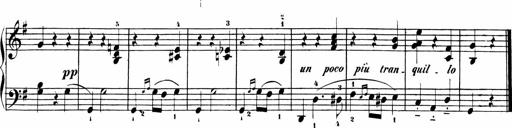
Title: Sonatinen Op.47, 98 und 136, nebst 6 Liedersonatinen
Composer: Carl Reinecke